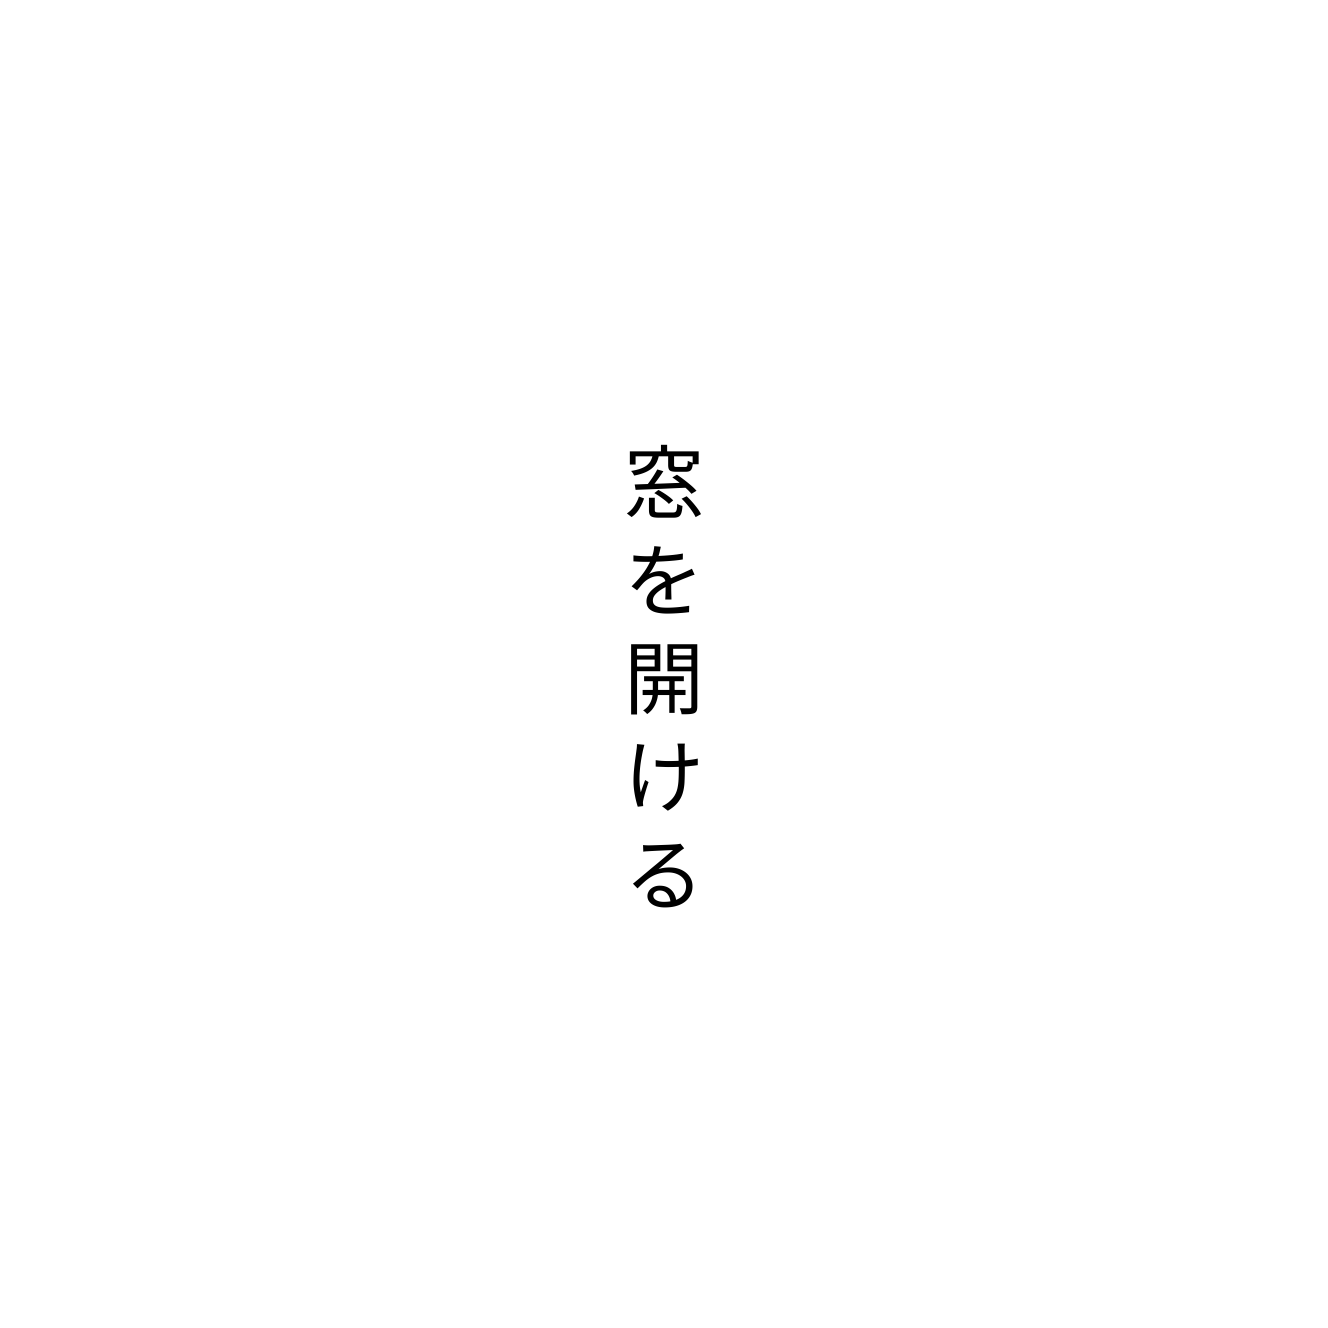
窓を開ける